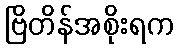
ဗြိတိန်အစိုးရက